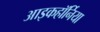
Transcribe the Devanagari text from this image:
आइकहॉर्निया